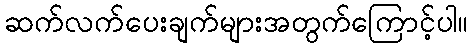
ဆက်လက်ပေးချက်များအတွက်ကြောင့်ပါ။